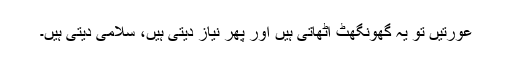
عورتیں تو یہ گھونگھٹ اٹھاتی ہیں اور پھر نیاز دیتی ہیں، سلامی دیتی ہیں۔